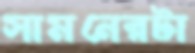
সামনেরটা